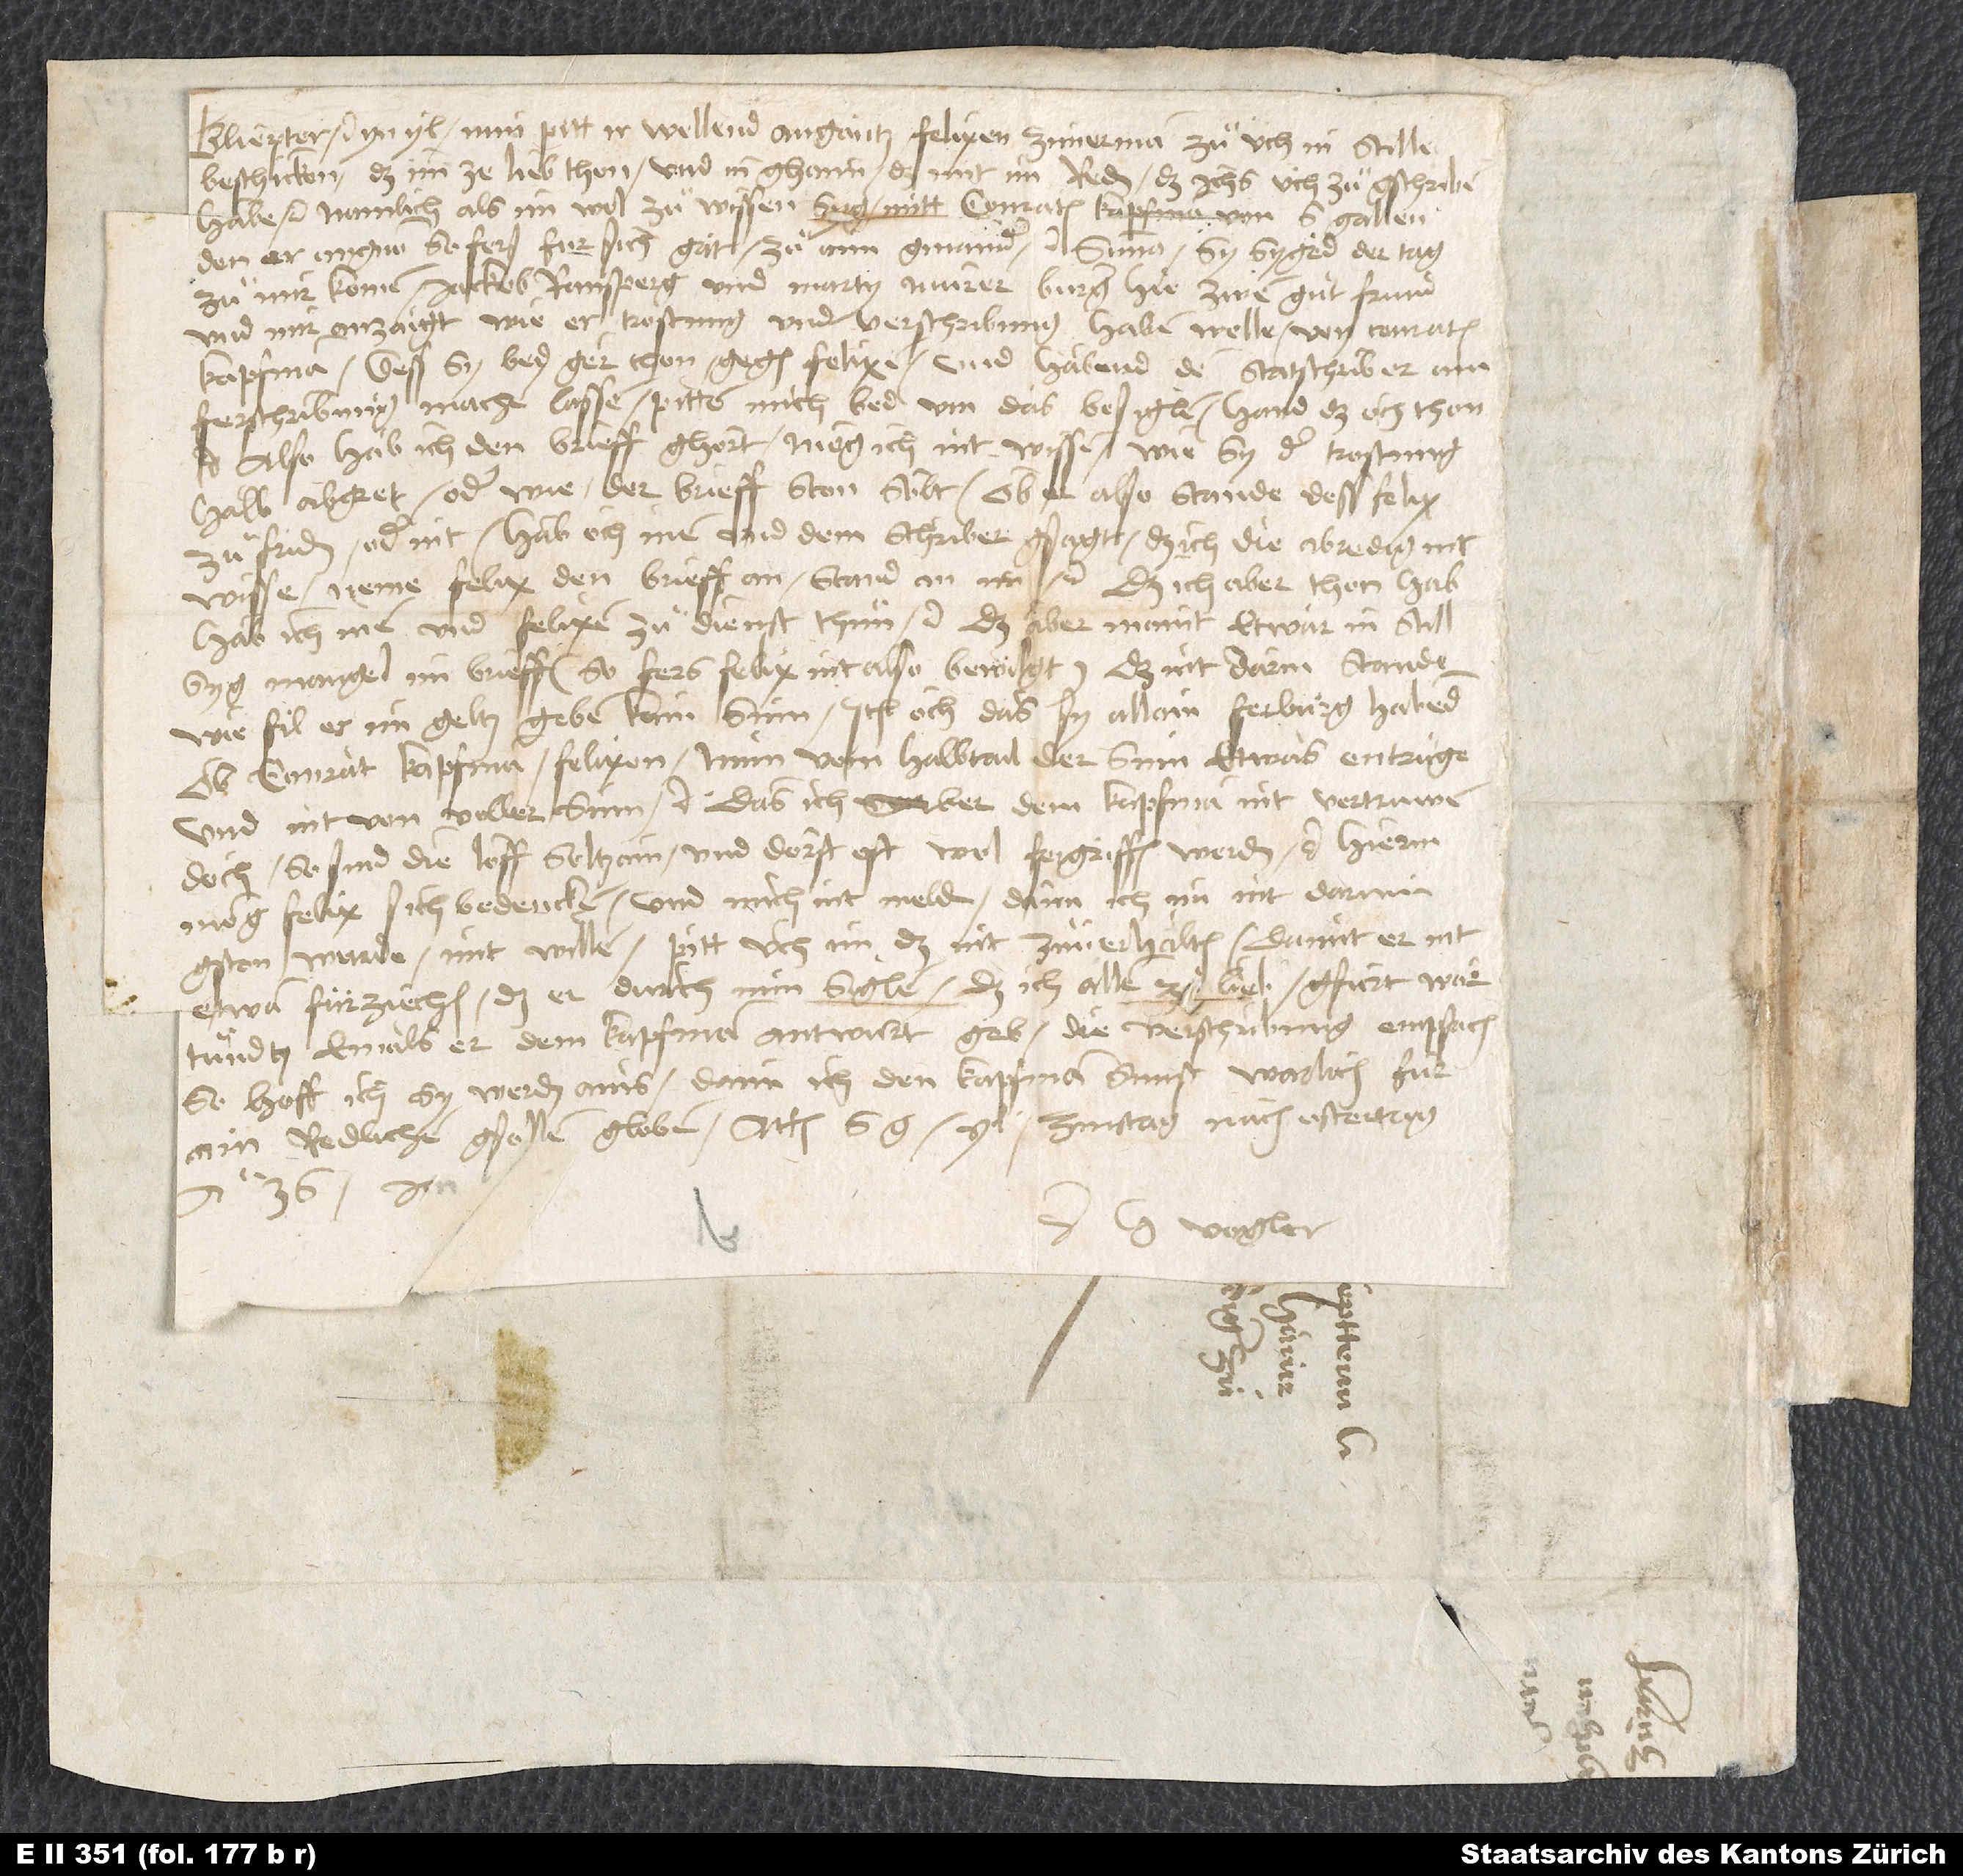
Gliepter etc. Yn yl. Min pitt, ir wellend angäntz Felixen Zimerman zuͦ üch in stille
beschicken, das imm ze lieb thon und in ghaim das mit im reden, daß ichs üch zuͦgschriben
habe etc., namlich als im wol zuͦ wissen syg mitt Conraten Kapfman von S Gallen,
den er angnon, so fers fur sich gat, za aim gmainder etc. Summa: Sy syged der tag
zuͦ mir komen, Jackob Ransperg und Marty Murer, burger hie, zwen gut frund,
und mir anzaigt, wie er trostung und verschribung haben welle von Conraten
Kapfman, dess sy bed gern thon gegen Felixen, und habend den statschriber ain
ferschribung machen lassen, pitten mich bed um das besiglen, hand das och thon
etc. Also hab ich den brieff ghört, mög ich nit wissen, wie sy der trostung
halb abgret oder wie der brieff ston solt, ob er also stande, dess Felix
zuͦfriden oder nit, hab och inen und dem schriber gsagt, daß ich die abredig nit
wisse, neme Felix den brieff an, stand an im etc. Das ich aber thon hab,
hab ich inen und Felixen zuͦ dienst thuͦn etc. Das aber maint etwar in still,
syg mangel im brieff (so fers Felix nit also bewilgt), daß nit darin stande,
wie fil er im geltz geben, kain sum, item och, das sy allain ferbürgt habend,
ob Conrat Kapfman Felixen nun vom halbtail der sum etwas entzüge
und nit von voller sum etc. Das ich aber dem Kapfman nit vertruwen;
doch so sind die löff seltzam und dörft oft wol, fergriffen werden etc. Hierin
mög Felix sich bedencken und mich nit melden; dann ich im nit darum
gston wurde mit willen. Pitt üch, im das nit zuͦ verhalten, damit er nit
etwan fürziechen, das er durch min siglen, das ich alien zuͦ lieb, gfürt wär.
Tundtz, emals er dem Kapfman antwurt geb, die verschribung empfach,
so hoff ich, sy werden ains. Dann ich den Kapfman sunst warlich für
ain redlichen gsellen globen. Actum S. Gallen, yl, zinstag nach ostertag
anno 36. jar.
U Vogler.